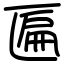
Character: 匾